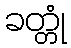
ခတ္တုံ